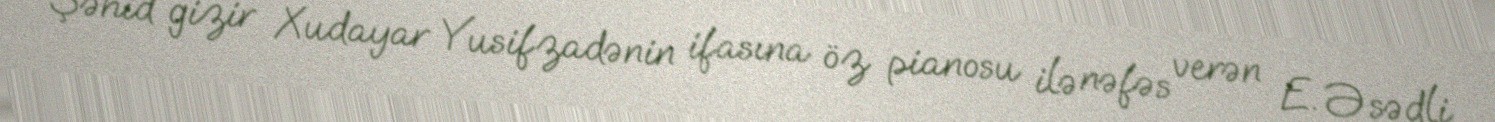
Şəhid gizir Xudayar Yusifzadənin ifasına öz pianosu ilə nəfəs verən E. Əsədli